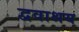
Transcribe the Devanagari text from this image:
द्ववाश्रय